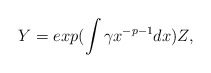
\begin{align*} Y = exp ( \int \gamma x^{-p-1} dx) Z, \end{align*}